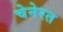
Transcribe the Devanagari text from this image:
चेनेरत